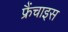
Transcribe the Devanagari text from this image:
फ्रैंचाइस